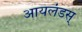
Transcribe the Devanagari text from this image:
आयलंडस्